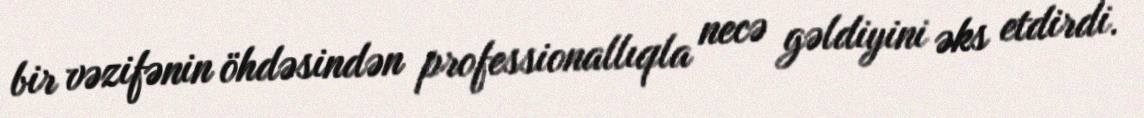
bir vəzifənin öhdəsindən professionallıqla necə gəldiyini əks etdirdi.